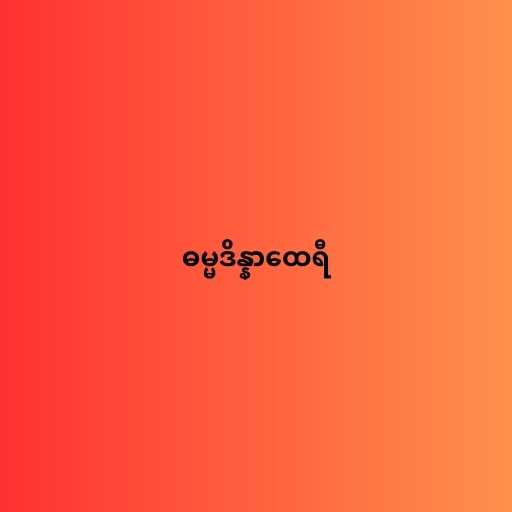
ဓမ္မဒိန္နာထေရီ